Vaccine operations Central Provinces 1868-1885 - 1868-1885
Year: 1868
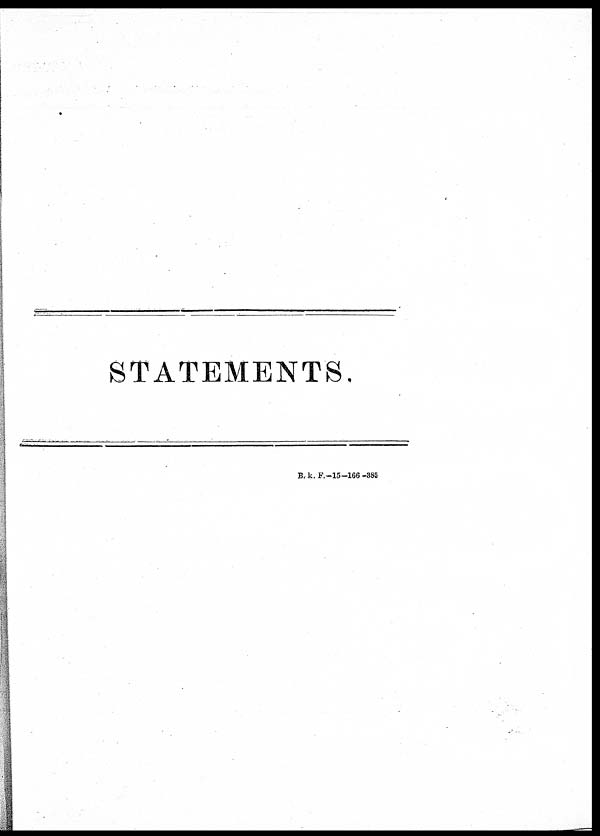
STATEMENTS.
B. k. F.—15—166—385